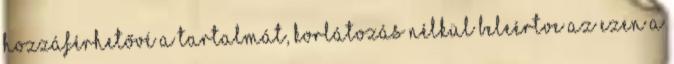
hozzáférhetővé a tartalmát, korlátozás nélkül beleértve az ezen a